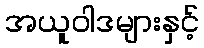
အယူဝါဒများနှင့်